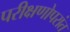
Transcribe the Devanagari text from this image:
परीक्षणोपरांत